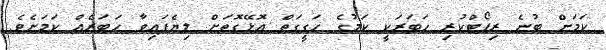
ކަމަށް ބުނެ ރިޕޯޓްކުރި ހަބަރަކީ ކަމުގެ ހަގީގަތް އޮޅޭގޮތަށް ލިޔެފައިވާ ހަބަރެއް ކަމަށެވެ.